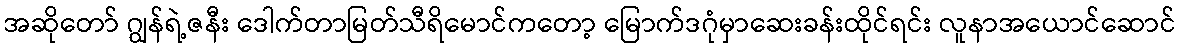
အဆိုတော် ဂျွန်ရဲ့ဇနီး ဒေါက်တာမြတ်သီရိမောင်ကတော့ မြောက်ဒဂုံမှာဆေးခန်းထိုင်ရင်း လူနာအယောင်ဆောင်